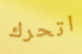
اتحرك